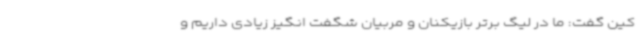
کین گفت: ما در لیگ برتر بازیکنان و مربیان شگفت انگیز زیادی داریم و